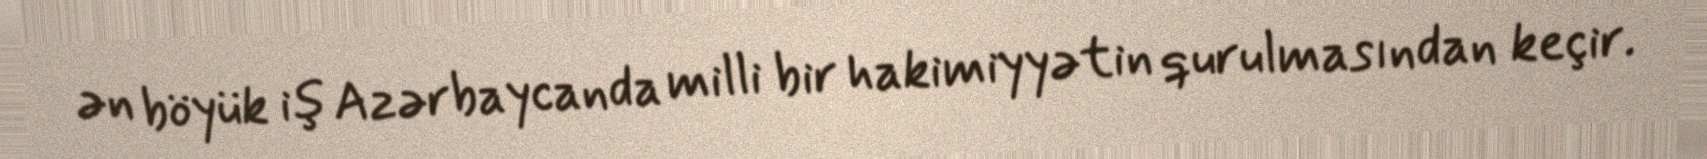
ən böyük iş Azərbaycanda milli bir hakimiyyətin qurulmasından keçir.